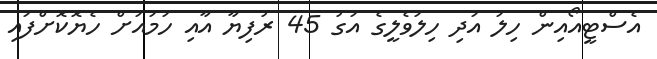
އެސްޓީއޯއިން ހިލަ އަދި ހިލަވެލީގެ އަގު 45 ރުފިޔާ އާއި ހަމައަށް ހެޔޮކޮށްފައި